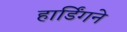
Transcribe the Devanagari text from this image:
हार्डिंगने